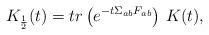
LaTeX: \begin{align*}K_{\frac12}(t) = tr \left(e^{- t \Sigma_{ab}F_{ab}} \right) \, K(t),\end{align*}